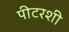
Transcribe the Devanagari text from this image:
पीटरशी